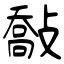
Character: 敽